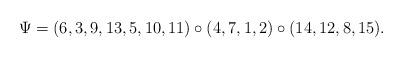
LaTeX: \begin{align*}\Psi = (6, 3, 9, 13, 5, 10, 11) \circ (4, 7, 1, 2) \circ (14, 12, 8, 15).\end{align*}